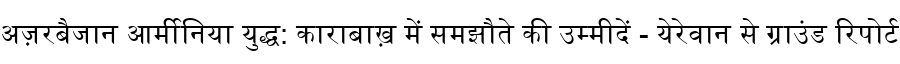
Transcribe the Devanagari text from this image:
अज़रबैजान आर्मीनिया युद्ध: काराबाख़ में समझौते की उम्मीदें - येरेवान से ग्राउंड रिपोर्ट